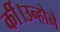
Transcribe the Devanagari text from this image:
कीं।उन्होने